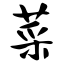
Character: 菜